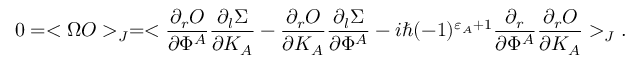
0 = < \Omega { \cal O } > _ { J } = < { \frac { \partial _ { r } { \cal O } } { \partial \Phi ^ { A } } } { \frac { \partial _ { l } \Sigma } { \partial K _ { A } } } - { \frac { \partial _ { r } { \cal O } } { \partial K _ { A } } } { \frac { \partial _ { l } \Sigma } { \partial \Phi ^ { A } } } - i \hbar ( - 1 ) ^ { \varepsilon _ { A } + 1 } { \frac { \partial _ { r } } { \partial \Phi ^ { A } } } { \frac { \partial _ { r } { \cal O } } { \partial K _ { A } } } > _ { J } .